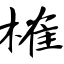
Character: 榷